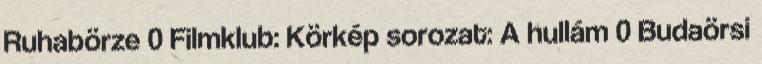
Ruhabörze 0 Filmklub: Körkép sorozat: A hullám 0 Budaörsi